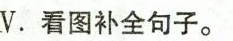
V.看图补全句子.